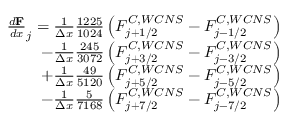
\begin{array} { r } { \frac { d \mathbf F } { d x } _ { j } = \frac { 1 } { \Delta x } \frac { 1 2 2 5 } { 1 0 2 4 } \left( F _ { j + 1 / 2 } ^ { C , W C N S } - F _ { j - 1 / 2 } ^ { C , W C N S } \right) } \\ { - \frac { 1 } { \Delta x } \frac { 2 4 5 } { 3 0 7 2 } \left( F _ { j + 3 / 2 } ^ { C , W C N S } - F _ { j - 3 / 2 } ^ { C , W C N S } \right) } \\ { + \frac { 1 } { \Delta x } \frac { 4 9 } { 5 1 2 0 } \left( F _ { j + 5 / 2 } ^ { C , W C N S } - F _ { j - 5 / 2 } ^ { C , W C N S } \right) } \\ { - \frac { 1 } { \Delta x } \frac { 5 } { 7 1 6 8 } \left( F _ { j + 7 / 2 } ^ { C , W C N S } - F _ { j - 7 / 2 } ^ { C , W C N S } \right) } \end{array}